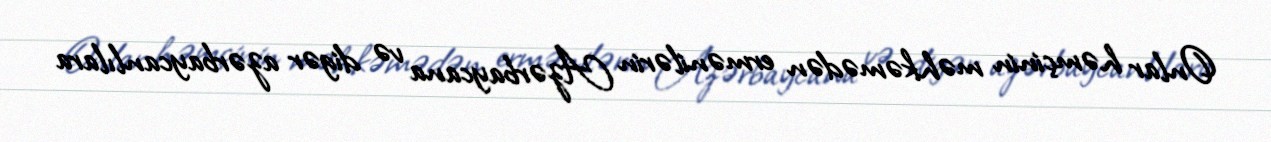
Onlar həmçinin məhkəmədən ermənilərin Azərbaycana və digər azərbaycanlılara